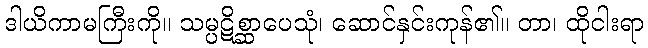
ဒါယိကာမကြီးကို။ သမ္ပဋိစ္ဆာပေသုံ၊ ဆောင်နှင်းကုန်၏။ တာ၊ ထိုငါးရာ